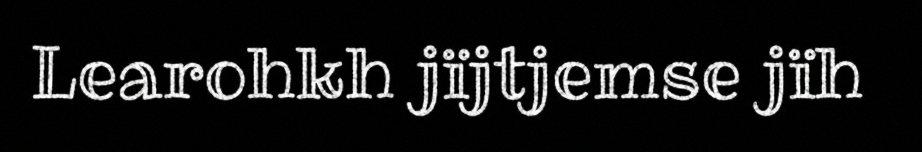
Learohkh jïjtjemse jïh